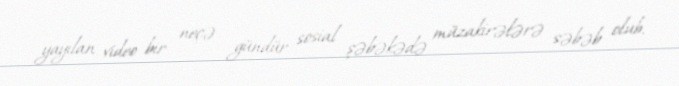
yayılan video bir neçə gündür sosial şəbəkədə müzakirələrə səbəb olub.